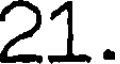
21.